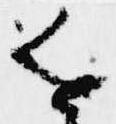
近